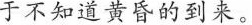
于不知道黄昏的到来。